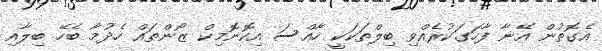
އެގޮތުން އޭނާ ފާހަގަކުރެއްވި ބިލްތަކަކީ ހާއްސަ އިކޮނޮމިކް ޒޯންތައް ހެދުމާ ބެހޭ ބިލާއި